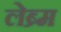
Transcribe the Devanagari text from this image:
लेब्र्म